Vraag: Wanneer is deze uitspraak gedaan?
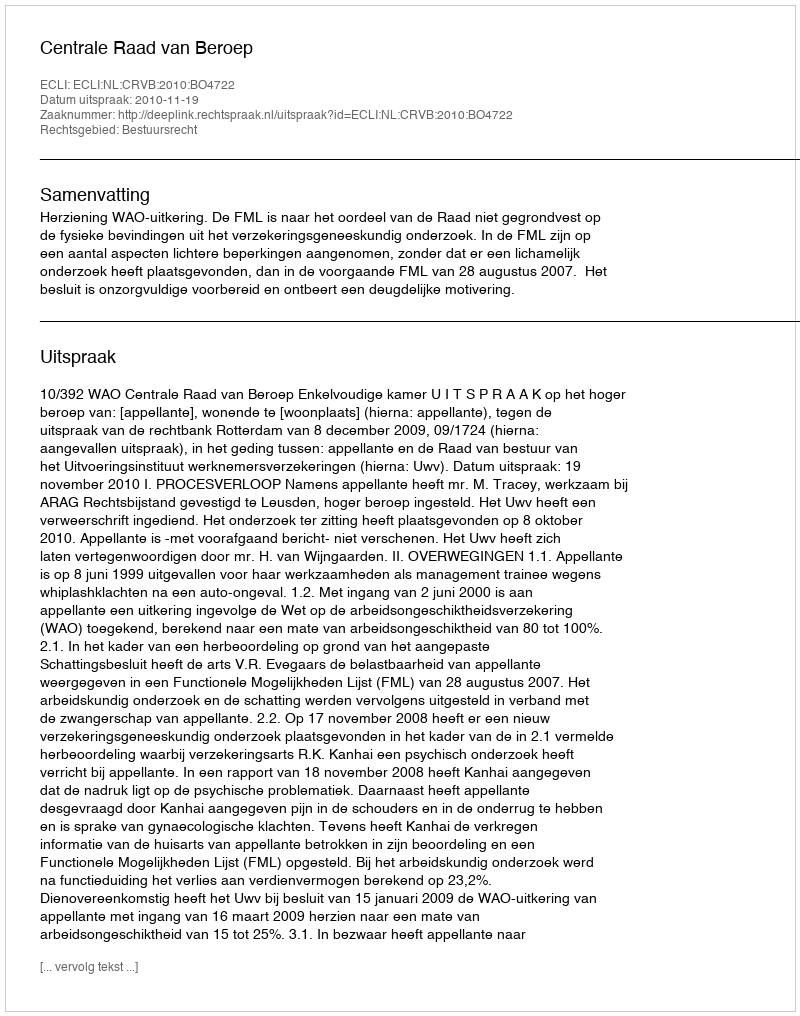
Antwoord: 2010-11-19